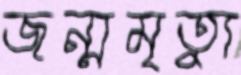
জন্মমৃত্যু